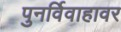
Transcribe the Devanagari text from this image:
पुनर्विवाहावर